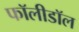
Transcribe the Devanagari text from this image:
फॉलीडॉल